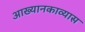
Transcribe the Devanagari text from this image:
आख्यानकाव्यास